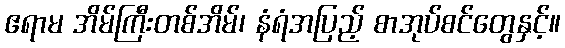
ဧရာမ အိမ်ကြီးတစ်အိမ်၊ နံရံအပြည့် စာအုပ်စင်တွေနှင့်။